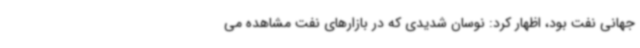
جهانی نفت بود، اظهار کرد: نوسان شدیدی که در بازارهای نفت مشاهده می